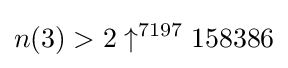
n(3)>2\uparrow ^{7197}158386